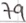
Text: 79